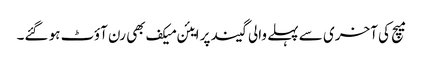
میچ کی آخری سے پہلے والی گیند پر ایئن میکف بھی رن آؤٹ ہو گئے۔